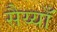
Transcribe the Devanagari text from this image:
सैय्याँ